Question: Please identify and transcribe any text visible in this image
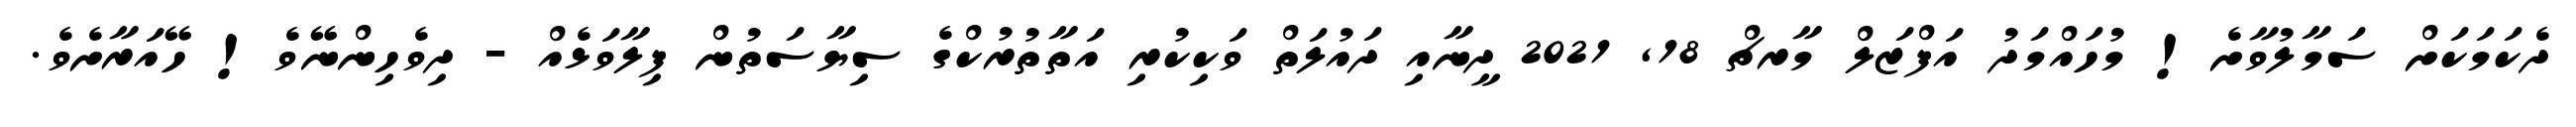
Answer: ދެކަމަކަށް ސަމާލުވާށެ! މުހައްމަދު އަފްޒަލް މާރޗް 18, 2021 ދީނާއި ދައުލަތް ވަކިކުރި އަތާތުރުކްގެ ސިޔާސަތުން ފިލާވަޅެއް - ދިވެހިންނޭވެ! ހޭއަރާށެވެ.